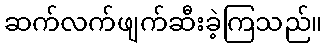
ဆက်လက်ဖျက်ဆီးခဲ့ကြသည်။